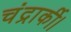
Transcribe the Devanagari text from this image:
चंद्रार्की।